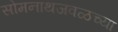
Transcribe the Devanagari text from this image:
सोमनाथजवळच्या